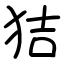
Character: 狤